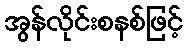
အွန်လိုင်းစနစ်ဖြင့်